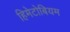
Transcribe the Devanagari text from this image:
हिमेटोबियम